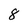
Character: 8